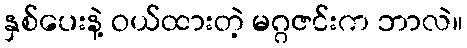
နှစ်ပေးနဲ့ ဝယ်ထားတဲ့ မဂ္ဂဇင်းက ဘာလဲ။